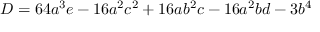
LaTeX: D = 6 4 a ^ { 3 } e - 1 6 a ^ { 2 } c ^ { 2 } + 1 6 a b ^ { 2 } c - 1 6 a ^ { 2 } b d - 3 b ^ { 4 }